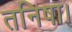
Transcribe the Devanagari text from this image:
तनिषा।